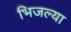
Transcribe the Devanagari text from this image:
भिजल्या